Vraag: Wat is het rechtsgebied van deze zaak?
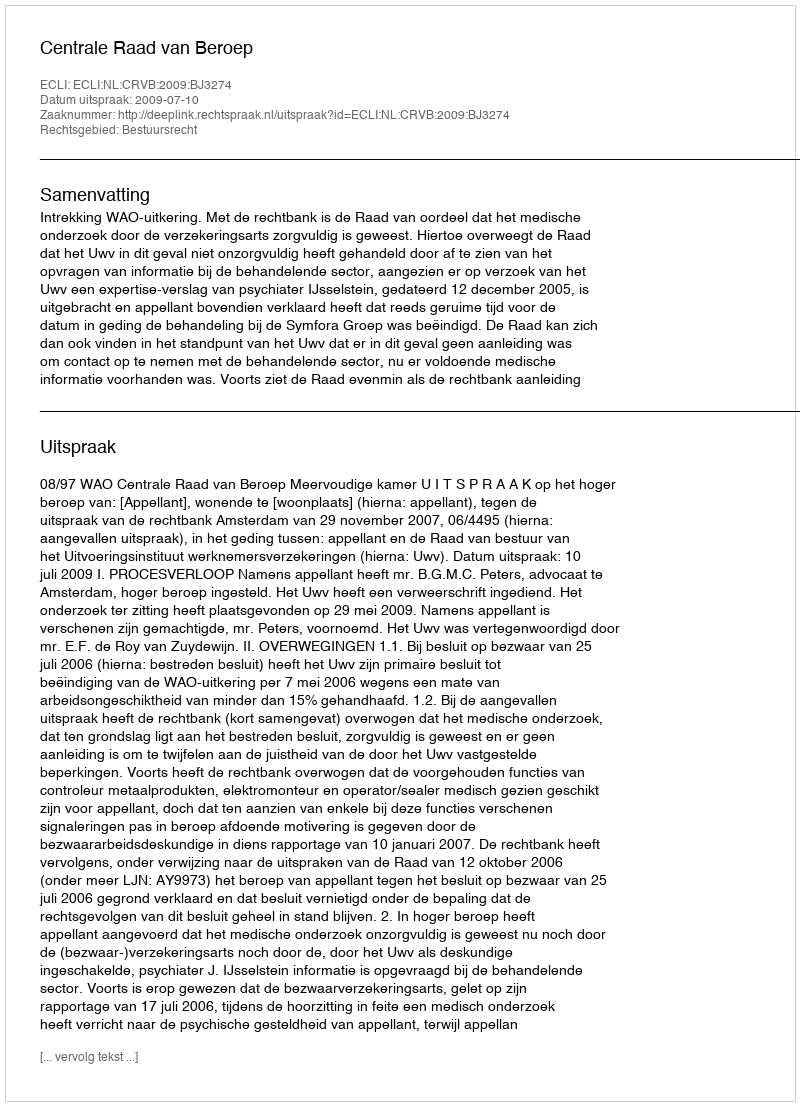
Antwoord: Bestuursrecht